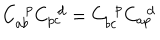
C _ { a b } ^ { ~ ~ p } C _ { p c } ^ { ~ ~ d } = C _ { b c } ^ { ~ ~ p } C _ { a p } ^ { ~ ~ d }